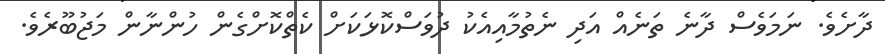
ދާށެވެ. ނަމަވެސް ދާނެ ތަނެއް އަދި ނެތުމާއިއެކު ދުވަސްކޮޅަކަށް ކެތްކޮށްގެން ހުންނާން މަޖުބޫރެވެ.